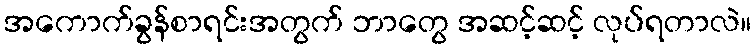
အကောက်ခွန်စာရင်းအတွက် ဘာတွေ အဆင့်ဆင့် လုပ်ရတာလဲ။